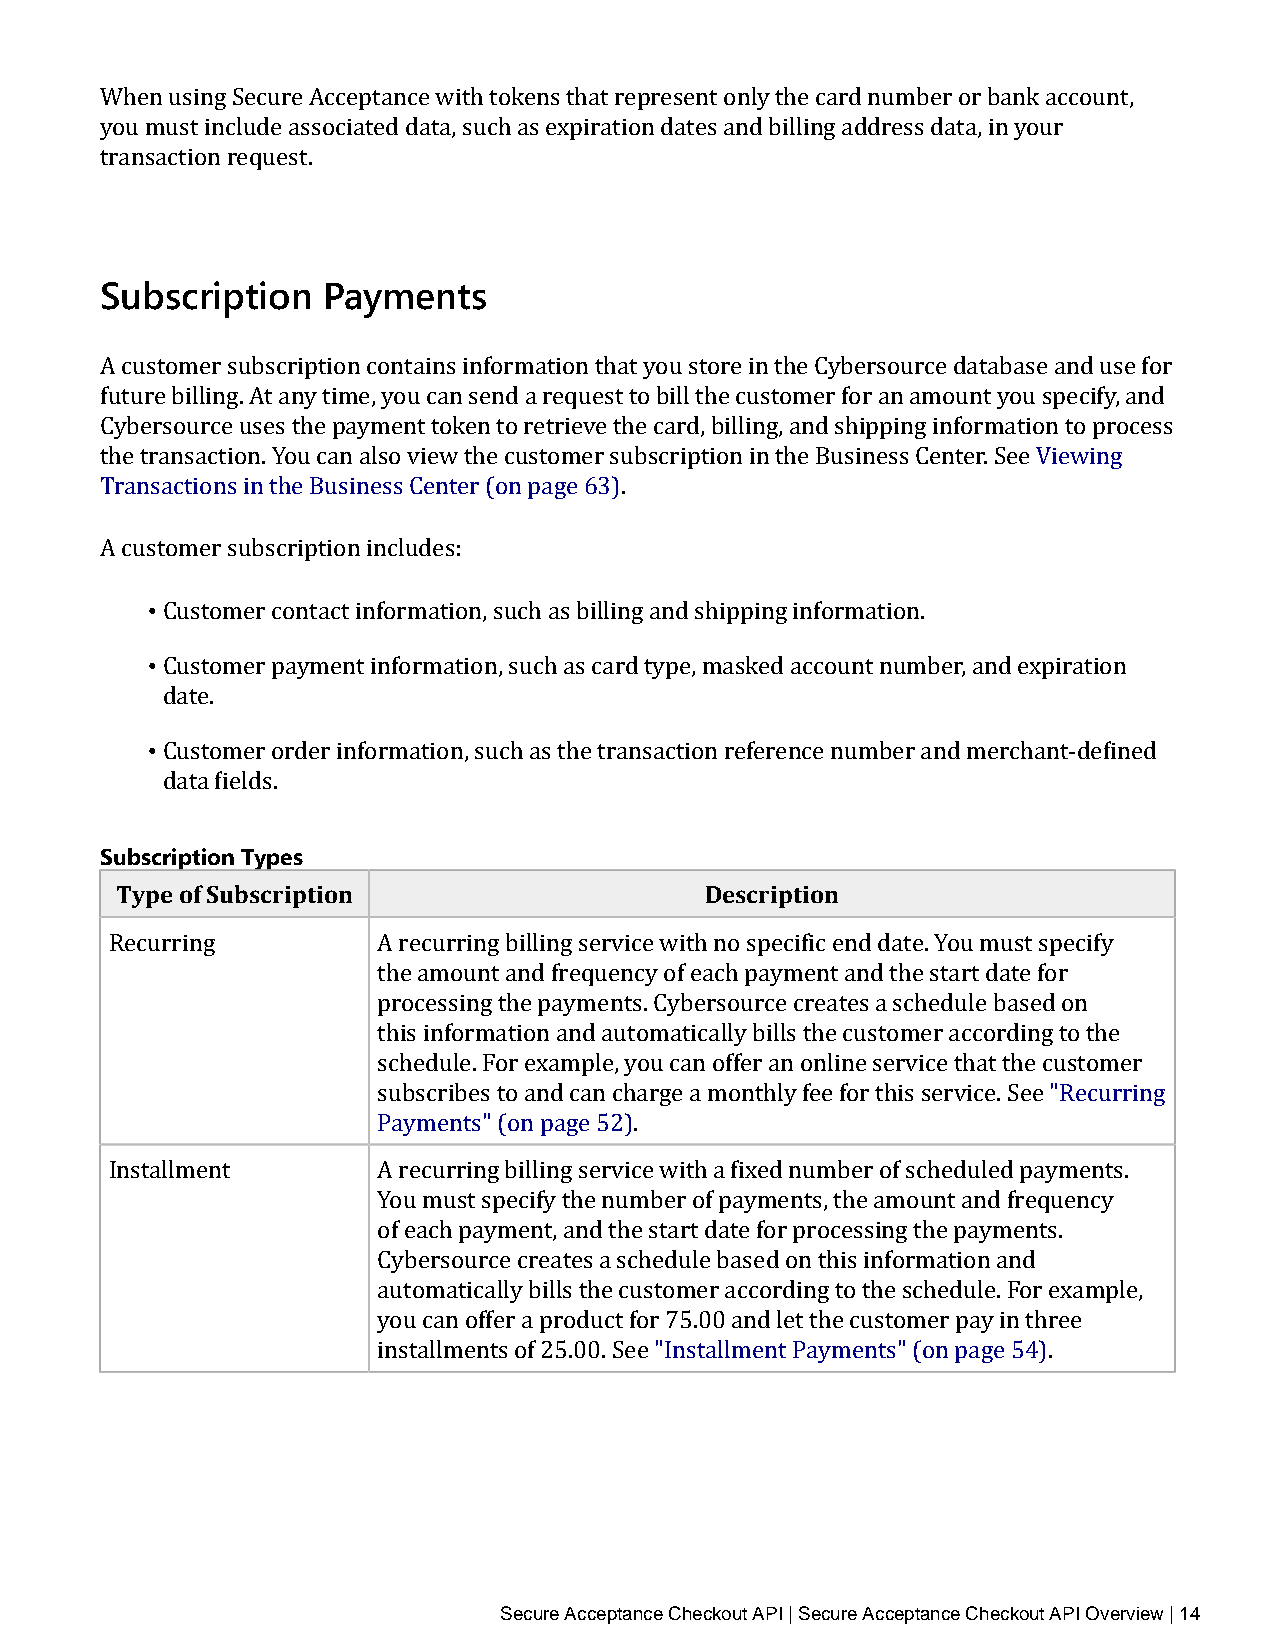
When using Secure Acceptance with tokens that represent only the card number or bank account,
 you must include associated data, such as expiration dates and billing address data, in your
 transaction request.
 Subscription  Payments
 A customer subscription contains information that you store in the Cybersource database and use for
 future billing. At any time, you can send a request to bill the customer for an amount you specify, and
 Cybersource uses the payment token to retrieve the card, billing, and shipping information to process
 the transaction. You can also view the customer subscription in the Business Center. See Viewing
 Transactions in the Business Center (on page 63).
 A customer subscription includes:
 •
 • Customer contact information, such as billing and shipping information.
 Customer payment information, such as card type, masked account number, and expiration
 • date.
 Customer order information, such as the transaction reference number and merchant‑defined
 data fields.
 Subscription Types
 Type of Subscription                   Description
 Recurring         A recurring billing service with no specific end date. You must specify
 the amount and frequency of each payment and the start date for
 processing the payments. Cybersource creates a schedule based on
 this information and automatically bills the customer according to the
 schedule. For example, you can offer an online service that the customer
 subscribes to and can charge a monthly fee for this service. See "Recurring
 Payments" (on page 52).
 Installment       A recurring billing service with a fixed number of scheduled payments.
 You must specify the number of payments, the amount and frequency
 of each payment, and the start date for processing the payments.
 Cybersource creates a schedule based on this information and
 automatically bills the customer according to the schedule. For example,
 you can offer a product for 75.00 and let the customer pay in three
 installments of 25.00. See "Installment Payments" (on page 54).
 Secure Acceptance Checkout API | Secure Acceptance Checkout API Overview | 14